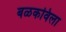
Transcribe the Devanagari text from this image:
बळकविला